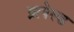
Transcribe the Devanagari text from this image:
प्रापेल्ड